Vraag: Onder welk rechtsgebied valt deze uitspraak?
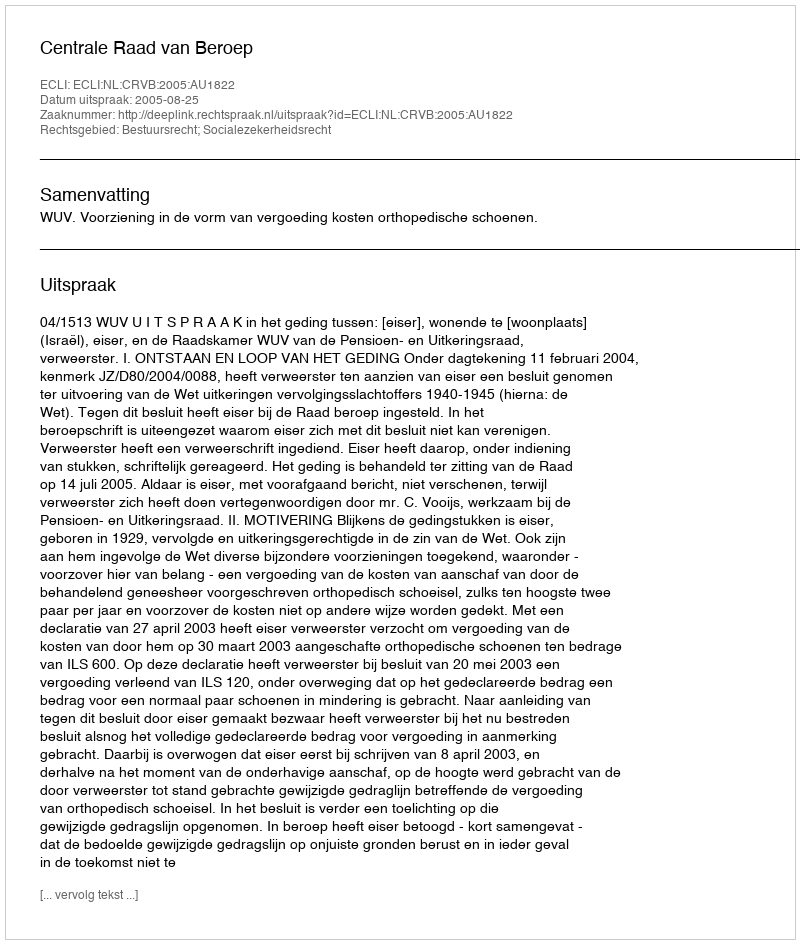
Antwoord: Bestuursrecht; Socialezekerheidsrecht